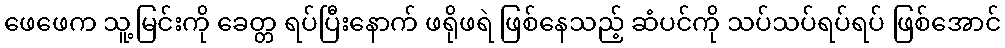
ဖေဖေက သူ့မြင်းကို ခေတ္တ ရပ်ပြီးနောက် ဖရိုဖရဲ ဖြစ်နေသည့် ဆံပင်ကို သပ်သပ်ရပ်ရပ် ဖြစ်အောင်